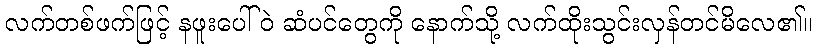
လက်တစ်ဖက်ဖြင့် နဖူးပေါ်ဝဲ ဆံပင်တွေကို နောက်သို့ လက်ထိုးသွင်းလှန်တင်မိလေ၏။